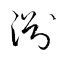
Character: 淵